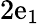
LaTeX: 2\mathrm{e}_{1}